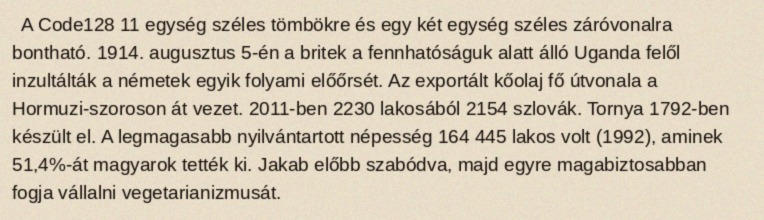
A Code128 11 egység széles tömbökre és egy két egység széles záróvonalra bontható. 1914. augusztus 5-én a britek a fennhatóságuk alatt álló Uganda felől inzultálták a németek egyik folyami előőrsét. Az exportált kőolaj fő útvonala a Hormuzi-szoroson át vezet. 2011-ben 2230 lakosából 2154 szlovák. Tornya 1792-ben készült el. A legmagasabb nyilvántartott népesség 164 445 lakos volt (1992), aminek 51,4%-át magyarok tették ki. Jakab előbb szabódva, majd egyre magabiztosabban fogja vállalni vegetarianizmusát.